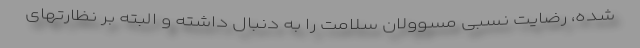
شده، رضایت نسبی مسوولان سلامت را به دنبال داشته و البته بر نظارتهای